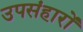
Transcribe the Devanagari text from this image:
उपसंहारों